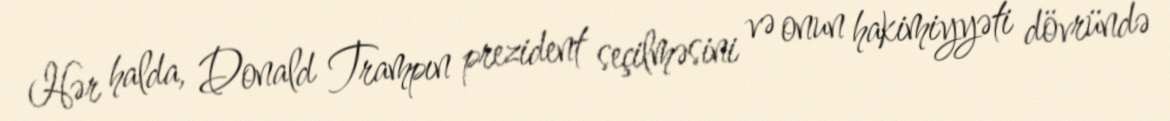
Hər halda, Donald Trampın prezident seçilməsini və onun hakimiyyəti dövründə